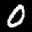
Label: 0